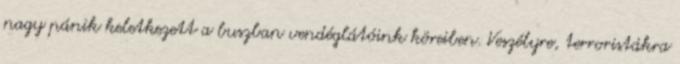
nagy pánik keletkezett a buszban vendéglátóink köreiben. Veszélyre, terroristákra